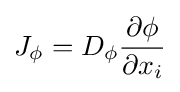
J_{\phi }=D_{\phi }{\frac {\partial \phi }{\partial x_{i}}}